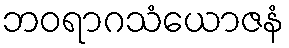
ဘဝရာဂသံယောဇနံ